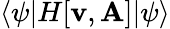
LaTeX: \langle\psi|H[\mathbf{v},\mathbf{{A}}]|\psi\rangle